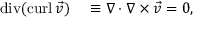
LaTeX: \begin{array} { r l } { \operatorname { d i v } ( \operatorname { c u r l } { \vec { v } } ) } & { { } \equiv \nabla \cdot \nabla \times { \vec { v } } = 0 , } \end{array}